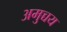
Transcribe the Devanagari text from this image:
अमुच्चय